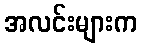
အလင်းများက